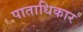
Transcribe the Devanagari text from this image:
पाताधिकार